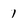
Character: 1